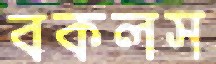
বকলস